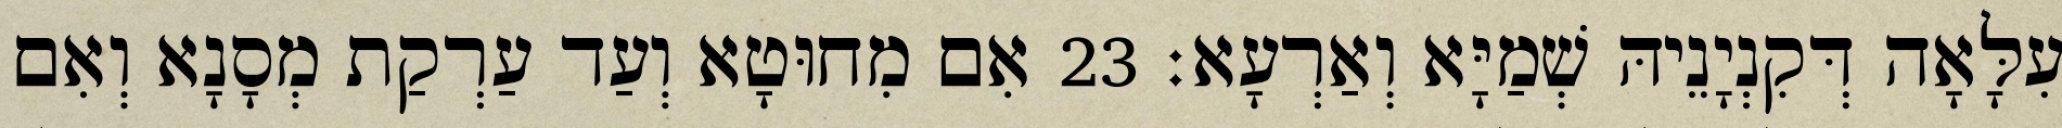
עִלָּאָה דְּקִנְיָנֵיהּ שְׁמַיָּא וְאַרְעָא׃ 23 אִם מִחוּטָא וְעַד עַרְקַת מְסָנָא וְאִם